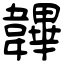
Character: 韠